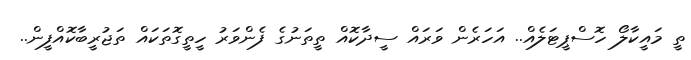
ތީ މައީކާލޯ ހޮސްޕީޓަލެއް.. އަހަރެން ވަރައް ސީދާކޮއް ތީތަނުގެ ފެންވަރު ހީތީގޮތަކައް ތަޖުރީބާކޮއްފީން..